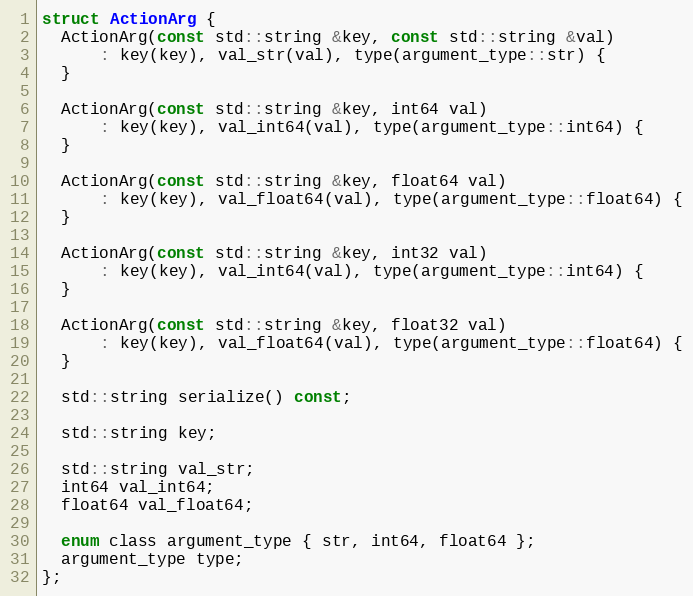
Language: C
struct ActionArg {
  ActionArg(const std::string &key, const std::string &val)
      : key(key), val_str(val), type(argument_type::str) {
  }

  ActionArg(const std::string &key, int64 val)
      : key(key), val_int64(val), type(argument_type::int64) {
  }

  ActionArg(const std::string &key, float64 val)
      : key(key), val_float64(val), type(argument_type::float64) {
  }

  ActionArg(const std::string &key, int32 val)
      : key(key), val_int64(val), type(argument_type::int64) {
  }

  ActionArg(const std::string &key, float32 val)
      : key(key), val_float64(val), type(argument_type::float64) {
  }

  std::string serialize() const;

  std::string key;

  std::string val_str;
  int64 val_int64;
  float64 val_float64;

  enum class argument_type { str, int64, float64 };
  argument_type type;
};